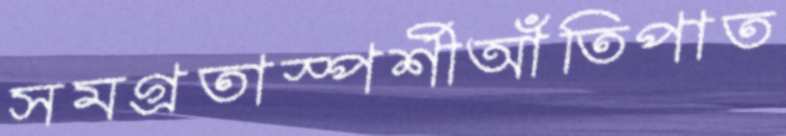
সমগ্রতাস্পর্শীআঁতিপাত